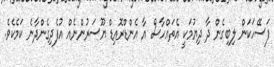
ފަސޭހަކަން ލިބިގެން ދާ ދިޔުމަކީ އެތައްހާސް އާ އެންޑްރޮއިޑް ޔޫސަރުންނެއް އުފެދިގެންދާނެ ކަމެކެވެ.